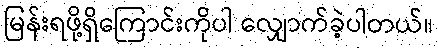
မြန်းရဖို့ရှိကြောင်းကိုပါ လျှောက်ခဲ့ပါတယ်။